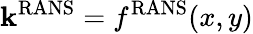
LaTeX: \mathbf{k}^{\mathrm{{RANS}}}=f^{\mathrm{{RANS}}}(x,y)